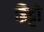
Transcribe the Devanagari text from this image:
ब्रिट्टो